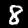
Digit: 8